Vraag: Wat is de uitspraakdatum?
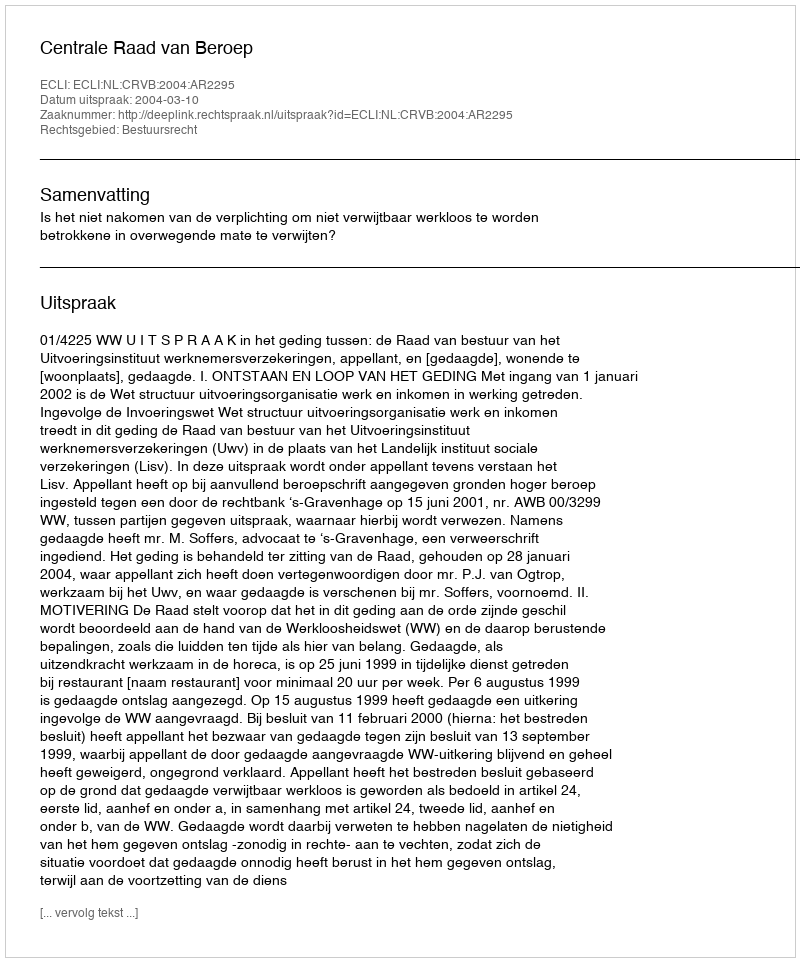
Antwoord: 2004-03-10